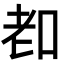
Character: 𦒵